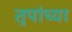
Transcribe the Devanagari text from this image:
तुपांच्या